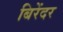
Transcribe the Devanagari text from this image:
बिरेंदर